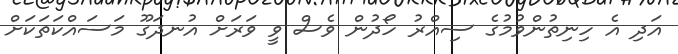
އަދި އެ ހިނިތުންވުމުގެ ސިއްރު ހޯދުން ވެސް ވީ ވަރަށް އުނދަގޫ މަސައްކަތަކަށް